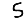
Digit: 5